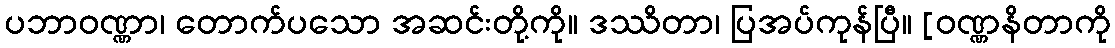
ပဘာဝဏ္ဏာ၊ တောက်ပသော အဆင်းတို့ကို။ ဒဿိတာ၊ ပြအပ်ကုန်ပြီ။ [ဝဏ္ဏနိတာကို